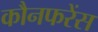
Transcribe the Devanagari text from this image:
कौनफरेंस